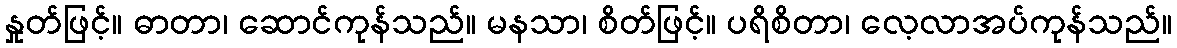
နှုတ်ဖြင့်။ ဓာတာ၊ ဆောင်ကုန်သည်။ မနသာ၊ စိတ်ဖြင့်။ ပရိစိတာ၊ လေ့လာအပ်ကုန်သည်။